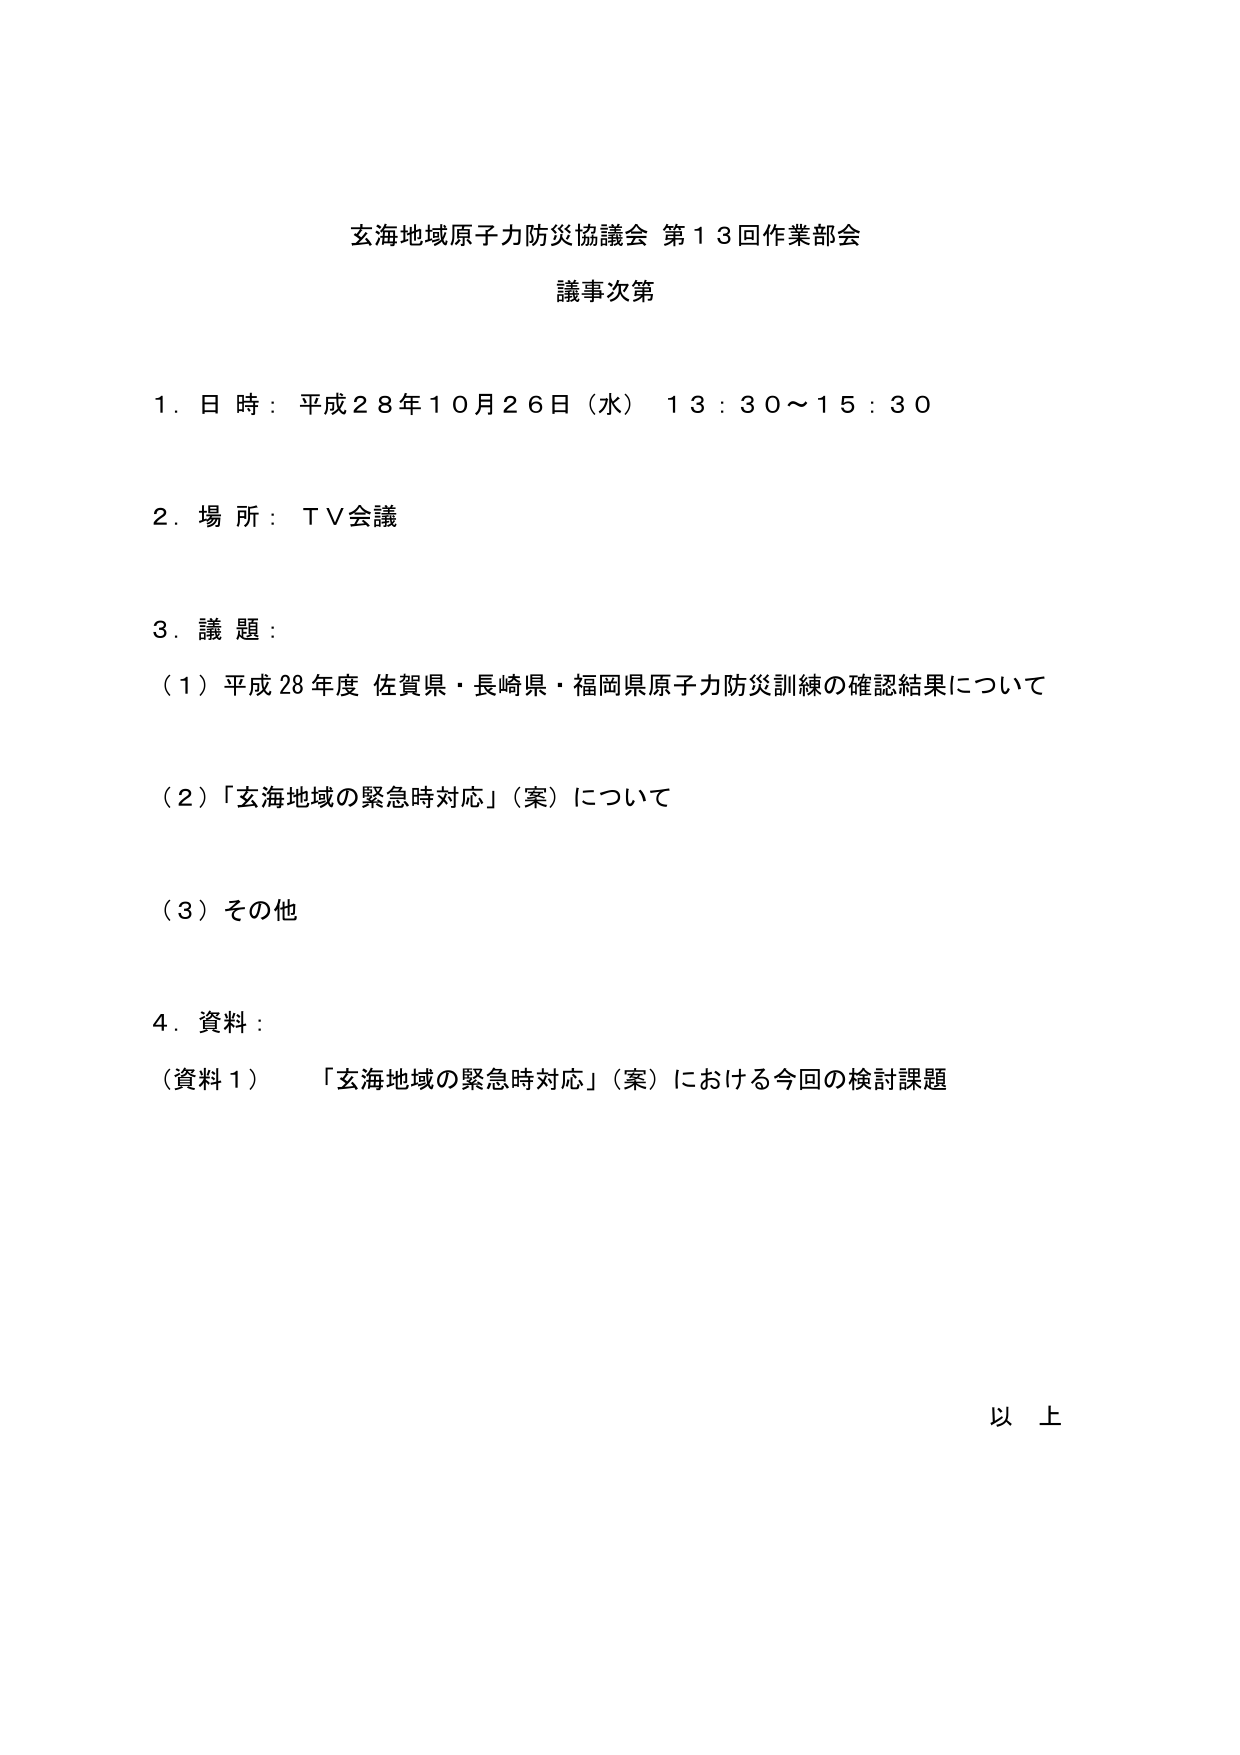
玄海地域原子力防災協議会 第13回作業部会
議事次第

1. 日時：平成28年10月26日（水） 13:30～15:30

2. 場所：TV会議

3. 議題：
（1）平成28年度 佐賀県・長崎県・福岡県原子力防災訓練の確認結果について
（2）「玄海地域の緊急時対応」（案）について
（3）その他

4. 資料：
（資料1）「玄海地域の緊急時対応」（案）における今回の検討課題

以上